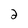
Character: 2